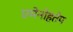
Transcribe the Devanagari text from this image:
एमेनोहतेप